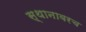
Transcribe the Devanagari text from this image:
स्थानावरच